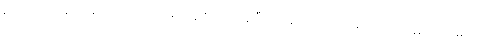
မားဘာ့ဂ် ရောဂါ စမ်းသပ် ကုသမှုတွေ စလုပ်နေပြီ ဖြစ်ပေမဲ့လည်း ရောဂါကုသနည်း ဒါမှမဟုတ်